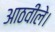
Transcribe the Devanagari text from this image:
आठवीले।